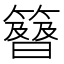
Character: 𥴉